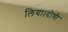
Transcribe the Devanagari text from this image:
लिया।दोषी